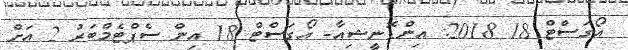
އޯގަސްޓް 18 2018: އިންޑޮނީޝިއާ- އޯގަސްޓް 18 އިން ސެޕްޓެމްބަރު 2 އަށް